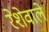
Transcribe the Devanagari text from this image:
रेशेवाले